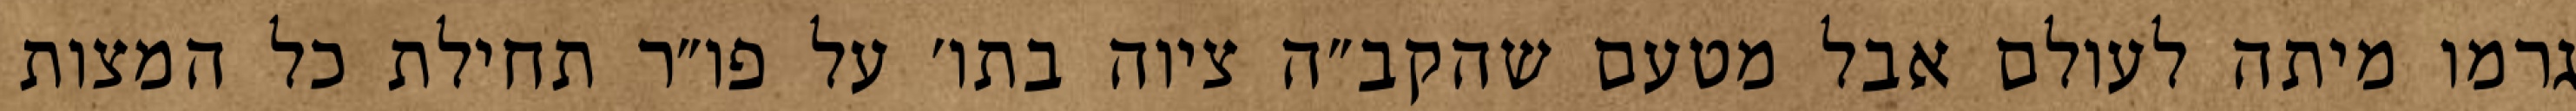
גרמו מיתה לעולם אבל מטעם שהקב״ה ציוה בתו׳ על פו״ר תחילת כל המצות